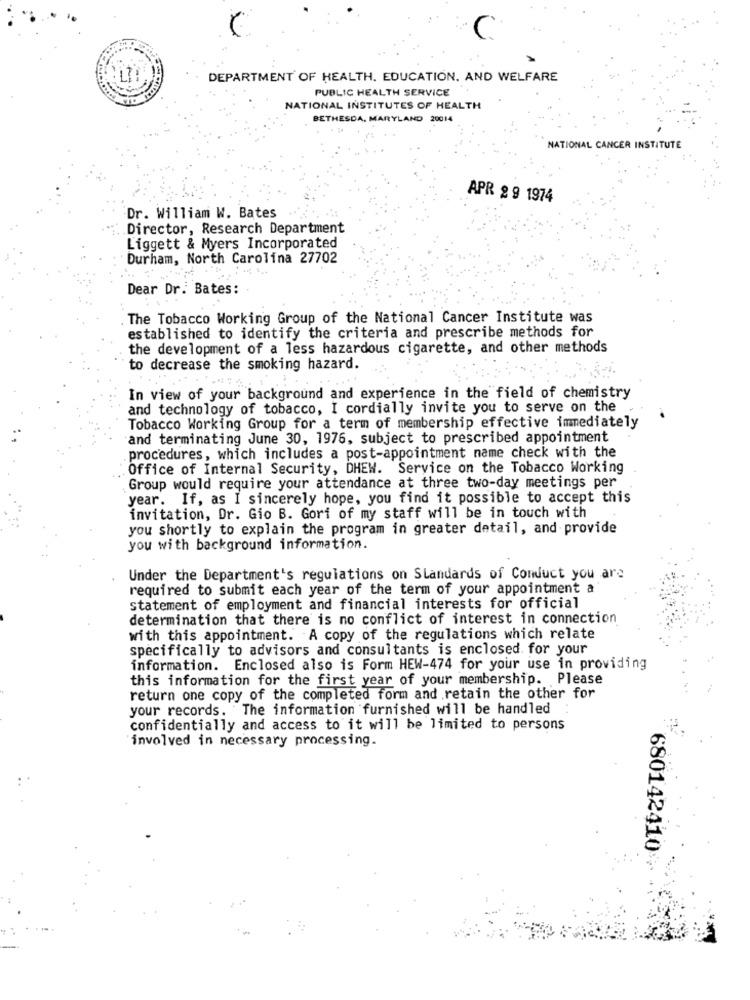
DEPARTMENT OF HEALTH. EDUCATION. AND WELFARE
PUBLIC HEALTH SERVICE
NATIONAL INSTITUTES OF HEALTH
BETHESDA, MARYLAND 20014
NATIONAL CANCER INSTITUTE
APR 2 9 1974
Dr. William W. Bates
Director, Research Department
Liggett & Myers Incorporated
Durham, North Carolina 27702
Dear Dr. Bates:
The Tobacco Working Group of the National Cancer Institute was
established to identify the criteria and prescribe methods for
the development of a less hazardous cigarette, and other methods
to decrease the smoking hazard.
In view of your background and experience in the field of chemistry
and technology of tobacco, I cordially invite you to serve on the
Tobacco Working Group for a term of membership effective immediately
and terminating June 30, 1976, subject to prescribed appointment
.procedures, which includes a post-appointment name check with the
Office of Internal Security, DHEW. Service on the Tobacco Working
Group would require your attendance at three two-day meetings per
year. If, as I sincerely hope, you find it possible to accept this
invitation, Dr. Gio B. Gori of my staff will be in touch with
you shortly to explain the program in greater detail, and provide
you with background information.
Under the Department's regulations on Standards of Conduct you are
required to submit each year of the term of your appointment a
statement of employment and financial interests for official
determination that there is no conflict of interest in connection
with this appointment. A copy of the regulations which relate
specifically to advisors and consultants is enclosed. for your
information. Enclosed also is Form HEW-474 for your use in providing
this information for the first year of your membership. Please
return one copy of the completed form and retain the other for
your records. The information furnished will be handled :
confidentially and access to it will be limited to persons
involved in necessary processing.
680142410